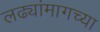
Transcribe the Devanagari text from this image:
लढ्यांमागच्या